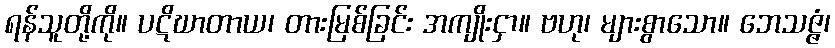
ရန်သူတို့ကို။ ပဋိဃာတာယ၊ တားမြစ်ခြင်း အကျိုးငှာ။ ဗဟု၊ များစွာသော။ ဘေသဇ္ဇံ၊